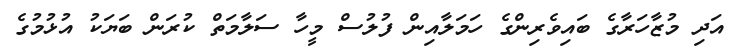
އަދި މުޒާހަރާގެ ބައިވެރިންގެ ހަމަލާއިން ފުލުސް މީހާ ސަލާމަތް ކުރަން ބަޔަކު އުޅުމުގެ